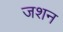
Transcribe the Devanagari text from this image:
जशन